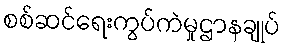
စစ်ဆင်ရေးကွပ်ကဲမှုဌာနချုပ်